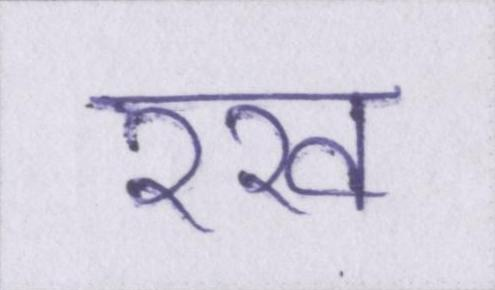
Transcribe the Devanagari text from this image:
रख